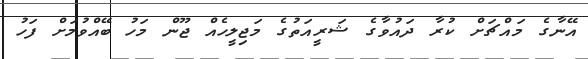
އޭނާގެ މައްޗަށް ކުރާ ދައުވާގެ ޝަރީއަތުގެ މަޖިލީހެއް ޖޫން މަހު ބޭއްވުމަށް ފަހު